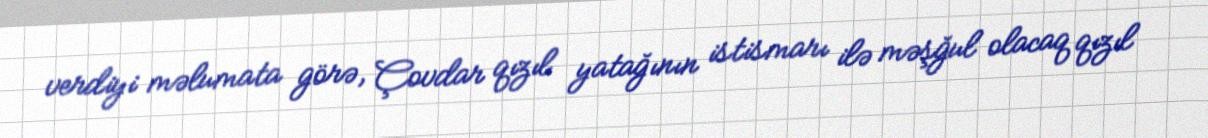
verdiyi məlumata görə, Çovdar qızıl yatağının istismarı ilə məşğul olacaq qızıl